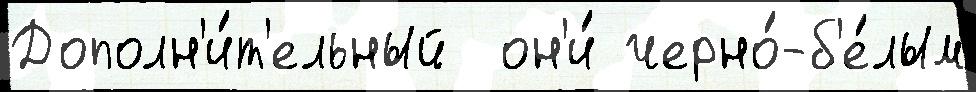
Дополн'и́т'ельный  он'и́ черно́-б'е́лым